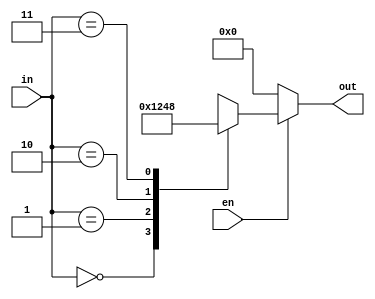
module base_decoder (
  input [2-1:0]  in,
  input          en,
  output [4-1:0] out
);

  function [4-1:0] dec;
    input [2-1:0] in;
    input         en;
    begin
      if (en)
        case (in)
          2'h0: dec = 4'b0001;
          2'h1: dec = 4'b0010;
          2'h2: dec = 4'b0100;
          2'h3: dec = 4'b1000;
          default: dec = 4'bxxxx;
        endcase
      else
        dec = 4'b0000;
    end
  endfunction

  assign out = dec( in, en );

endmodule